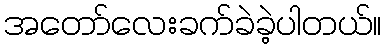
အတော်လေးခက်ခဲခဲ့ပါတယ်။